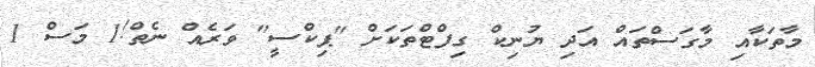
މާތަކާއި މާގަސްތައް އަދި ޔުނިކް ގިފްޓްތަކަށް "ޕިކްސީ" ވަރެއް ނެތް!1 މަސް 1